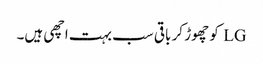
LG کو چھوڑ کر باقی سب بہت اچھی ہیں۔